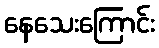
နေသေးကြောင်း